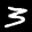
Label: 3